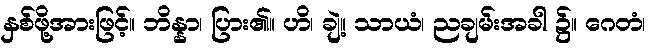
နှစ်ဖို့အားဖြင့်။ ဘိန္နာ၊ ပြား၏။ ဟိ၊ ချဲ့။ သာယံ၊ ညချမ်းအခါ ၌။ ဂေတံ၊